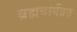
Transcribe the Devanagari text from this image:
ब्रह्मचार्यव्रत